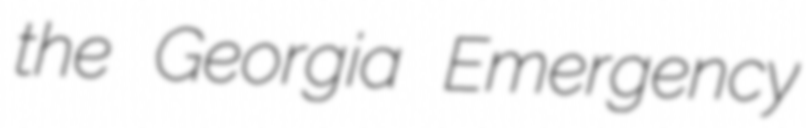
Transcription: the Georgia Emergency